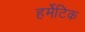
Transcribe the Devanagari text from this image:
हर्मेटिक